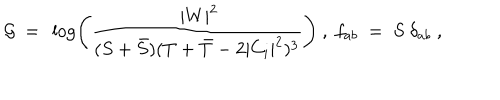
{ \cal G } ~ = ~ \log \left( \frac { ~ | W | ^ { 2 } } { ( S + { \bar { S } } ) ( T + { \bar { T } } - 2 | C _ { i } | ^ { 2 } ) ^ { 3 } } \right) ~ , ~ f _ { a b } ~ = ~ S ~ \delta _ { a b } ~ , ~